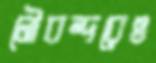
নৌবন্দরেও